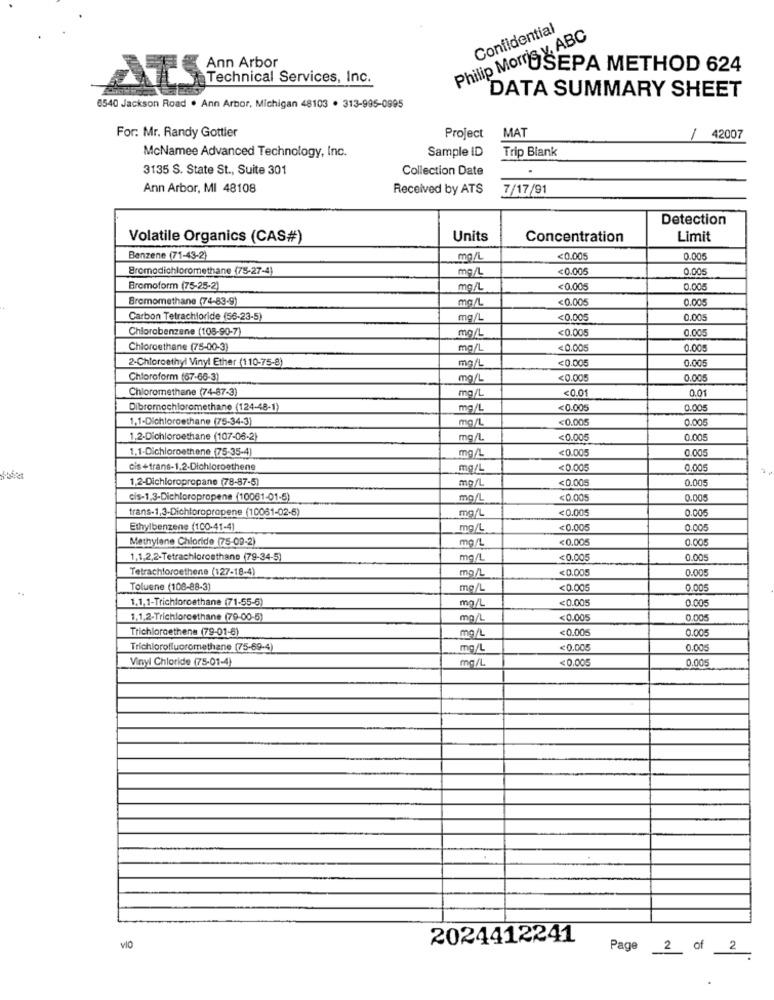
Confidential
Philip Morris y ABC
Ann Arbor
USEPA METHOD 624
Technical Services, Inc.
ATS
DATA SUMMARY SHEET
6540 Jackson Road . Ann Arbor, Michigan 48103 . 313-995-0995
MAT
For: Mr. Randy Gottler
Project
1
42007
Sample ID
Trip Blank
McNamee Advanced Technology, Inc.
3135 S. State St ., Suite 301
Collection Date
Ann Arbor, MI 48108
Received by ATS
7/17/91
Detection
Volatile Organics (CAS#)
Units
Concentration
Limit
Benzene (71-43-2)
mg/
<0.005
0.005
Bromodichloromethane (75-27-4)
mg/L
<0.005
0.005
Bromoform (75-25-2)
mg/L
<0.005
0,005
Bromomethane (74-83-9)
mg/L
<0.005
0.005
Carbon Tetrachloride (56-23-5)
mg/L
<0.005
0.005
Chlorobenzene (108-90-7)
<0.005
mg/L
0.00
Chloroethane (75-00-3)
mg/l
<0.005
0.005
2-Chloroethyl Vinyl Ether (110-75-8)
mg/L
<0.005
0.005
Chloroform (67-66-3)
mg/L
<0.005
0.005
Chloromethane (74-87-3)
mg/L
<0.01
0.01
Dibromochloromethane (124-48-1)
mg/l
<0.005
0.005
1.1-Dichloroethane (75-34-3)
mg/L
<0.005
0.005
1.2-Dichloroethane (107-06-2)
mg/L
<0.005
0.00
1. 1.Dichloroethene (75-35-4]
mg/L
<0.005
0.00
cis +trans-1.2-Dichloroethene
mg/L
<0.005
0.005
1.2-Dichloropropane (78-87-5)
ng/L
<0.005
0.005
cis-1,3-Dichloropropene (10061-01-5)
mg/L
<0.005
0.005
trans-1,3-Dichloropropene (10061-02-6)
mg/
<0.005
0.005
Ethylbenzene (100-41-4]
mg/L
<0.005
0.005
Methylene Chloride (75-09-2)
mg/L
<0.005
0.005
1,1,2,2-Tetrachloroethane (79-34-5)
mg/L
<0.005
0.005
Tetrachloroethene (127-18-4)
mg/L
<0.005
0.00
Toluene (108-88-3)
mg/L
<0.005
0.00
**
1.1,1-Trichloroethane (71-55-6)
mg/L
<0.005
3.00€
1.1.2-Trichloroethane (79-00-5)
mg/L
<0.005
0.005
Trichloroethene (79-01-6)
mg/L
<0.005
0.00
Trichlorofluoromethane (75-69-4)
mg/l
<0.000
0.005
Vinyl Chloride (75-01-4)
mg/L
<0.005
0.005
2024412241
viO
Page 2 of 2